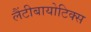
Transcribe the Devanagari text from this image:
लैंटीबायोटिक्स